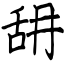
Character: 䑙